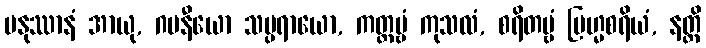
မနုဿာနံ အာယု, ဂမနီယော သမ္ပရာယော, ကတ္တဗ္ဗံ ကုသလံ, စရိတဗ္ဗံ ဗြဟ္မစရိယံ, နတ္ထိ